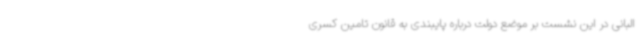
البانی در این نشست بر موضع دولت درباره پایبندی به قانون تامین کسری